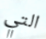
التي